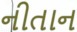
નીતાન